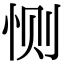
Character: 恻